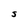
Character: S